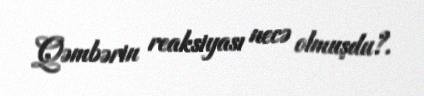
Qəmbərin reaksiyası necə olmuşdu?.